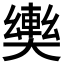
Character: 𫰀